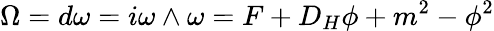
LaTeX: \Omega=d\omega=i\omega\wedge\omega=F+D_{H}\phi+m^{2}-\phi^{2}